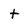
Character: t